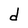
Character: d